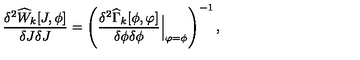
\frac { \delta ^ { 2 } \widehat { W } _ { k } [ J , \phi ] } { \delta J \delta J } = \left( \frac { \delta ^ { 2 } \widehat { \Gamma } _ { k } [ \phi , \varphi ] } { \delta \phi \delta \phi } { \Big | } _ { \varphi = \phi } \right) ^ { - 1 } ,